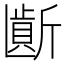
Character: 𱡮